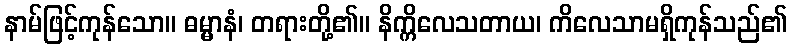
နာမ်ဖြင့်ကုန်သော။ ဓမ္မာနံ၊ တရားတို့၏။ နိက္ကိလေသတာယ၊ ကိလေသာမရှိကုန်သည်၏